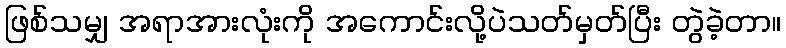
ဖြစ်သမျှ အရာအားလုံးကို အကောင်းလို့ပဲသတ်မှတ်ပြီး တွဲခဲ့တာ။